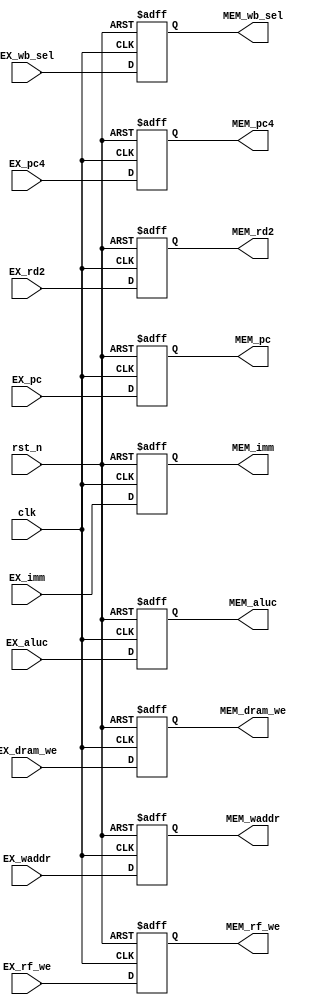
`timescale 1ns / 1ps
//////////////////////////////////////////////////////////////////////////////////
// Company: 
// Engineer: 
// 
// Design Name: 
// Module Name: pr_EX_MEM
// Project Name: 
// Target Devices: 
// Tool Versions: 
// Description: 
// 
// Dependencies: 
// 
// Revision:
// Revision 0.01 - File Created
// Additional Comments:
// 
//////////////////////////////////////////////////////////////////////////////////


module pr_EX_MEM(
    input clk,
    input rst_n,
    input wire EX_dram_we,
    input wire [31:0] EX_aluc,
    input wire [31:0] EX_rd2,
    input wire [1:0] EX_wb_sel,
    input wire EX_rf_we,
    input wire [4:0] EX_waddr,

    output reg MEM_dram_we,
    output reg [31:0] MEM_aluc,
    output reg [31:0] MEM_rd2,
    output reg [1:0] MEM_wb_sel,
    output reg MEM_rf_we,
    output reg [4:0] MEM_waddr,

    input wire [31:0] EX_pc,
    input wire [31:0] EX_pc4,
    input wire [31:0] EX_imm,
    output reg [31:0] MEM_pc,
    output reg [31:0] MEM_pc4,
    output reg [31:0] MEM_imm

    );

always @ (posedge clk or posedge rst_n) begin
    if(rst_n) MEM_pc <= 32'b0;
    else MEM_pc <= EX_pc;
end

always @ (posedge clk or posedge rst_n) begin
    if( rst_n) MEM_pc4 <= 32'b0;
    else MEM_pc4 <= EX_pc4;
end

always @ (posedge clk or posedge rst_n) begin
    if( rst_n) MEM_imm <= 32'b0;
    else MEM_imm <= EX_imm;
end

always @ (posedge clk or posedge rst_n) begin
    if( rst_n) MEM_dram_we <= 1'b0;
    else MEM_dram_we <= EX_dram_we;
end

always @ (posedge clk or posedge rst_n) begin
    if( rst_n) MEM_aluc <= 32'b0;
    else MEM_aluc <= EX_aluc;
end

always @ (posedge clk or posedge rst_n) begin
    if( rst_n) MEM_rd2 <= 32'b0;
    else MEM_rd2 <= EX_rd2;
end

always @ (posedge clk or posedge rst_n) begin
    if( rst_n) MEM_wb_sel <= 2'b0;
    else MEM_wb_sel <= EX_wb_sel;
end

always @ (posedge clk or posedge rst_n) begin
    if( rst_n) MEM_rf_we <= 1'b0;
    else MEM_rf_we <= EX_rf_we;
end

always @ (posedge clk or posedge rst_n) begin
    if( rst_n) MEM_waddr <= 5'b0;
    else MEM_waddr <= EX_waddr;
end

endmodule